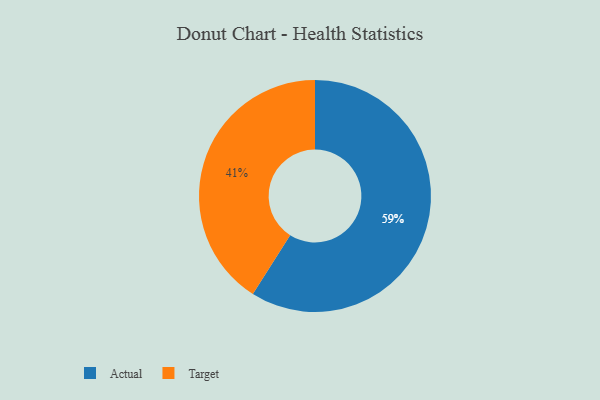
{"axis": {"x": "Category", "y": "Percentage"}, "legend": ["Actual", "Target"], "data": [{"x": "Target", "y": 41, "type": "Target"}, {"x": "Actual", "y": 59, "type": "Actual"}]}